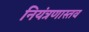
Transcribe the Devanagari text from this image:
नियंत्रणास्तव